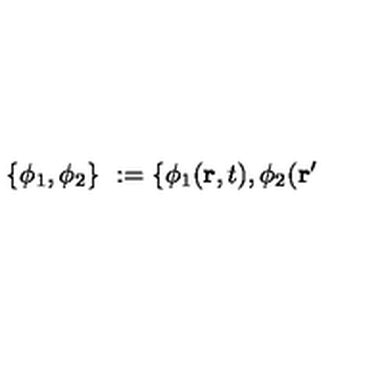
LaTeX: \{ \phi _ { 1 } , \phi _ { 2 } \} \ : = \{ \phi _ { 1 } ( { \bf r } , t ) , \phi _ { 2 } ( { \bf r ^ { \prime } }